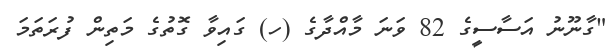
"ގާނޫނު އަސާސީގެ 82 ވަނަ މާއްދާގެ (ހ) ގައިވާ ގޮތުގެ މަތިން ފުރަތަމަ